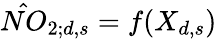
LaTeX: \hat{NO}_{2;d,s}=f(X_{d,s})